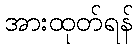
အားထုတ်ရန်